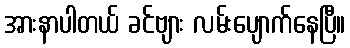
အားနာပါတယ် ခင်ဗျား လမ်းပျောက်နေပြီ။